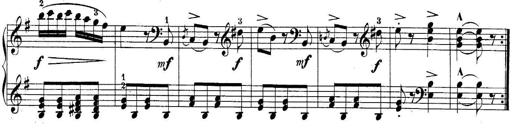
Title: 10 Sonatines progressives
Composer: Anton Schmoll